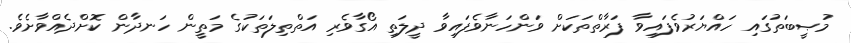
މުޞީބަތުގައި ހައްޔަރުވެފައިވާ ފަރާތްތަކަށް ވަންހަނާވެފައިވާ ދީލަތި އޯގާވެރި އަތްތިލަތަކުގެ މަތީން ހަނދާން ކޮށްދެއްވާށެވެ.